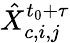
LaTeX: \hat{X}_{c,i,j}^{t_{0}+\tau}